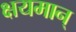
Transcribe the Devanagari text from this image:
क्षयमान्